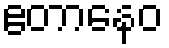
ဧတာနေဝ